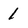
Character: 1